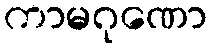
ကာမဂုဏော